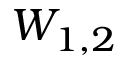
W _ { 1 , 2 }